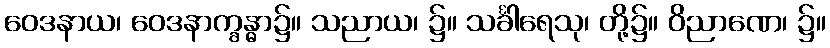
ဝေဒနာယ၊ ဝေဒနာက္ခန္ဓာ၌။ သညာယ၊ ၌။ သင်္ခါရေသု၊ တို့၌။ ဝိညာဏေ၊ ၌။